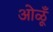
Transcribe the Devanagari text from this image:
ओळूँ